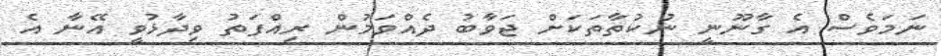
ނަމަވެސް އެ ގާނޫނީ ނުކުތާތަކަށް ޖަވާބު ދެއްވަމުން ރިއްފަތު ވިދާޅުވީ އޭނާ އެ